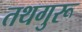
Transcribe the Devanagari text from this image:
तथगुरू